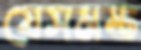
যেসমস্ত